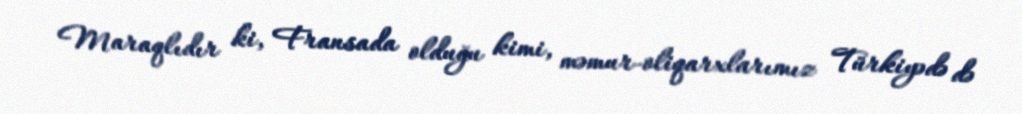
Maraqlıdır ki, Fransada olduğu kimi, məmur-oliqarxlarımız Türkiyədə də